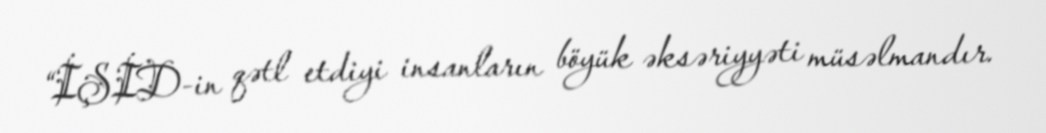
“İŞİD-in qətl etdiyi insanların böyük əksəriyyəti müsəlmandır.